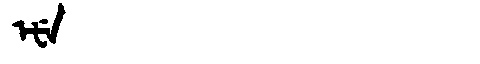
Manchu: ᡝᡶᡝ
Romanization: EFE